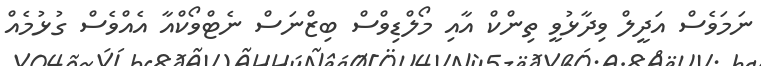
ނަމަވެސް އަދީލް ވިދާޅުވީ ތިންކް އާއި މޯލްޑިވްސް ބިޒްނަސް ނެޓްވޯކްއާ އެއްވެސް ގުޅުމެއް